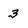
Character: 3